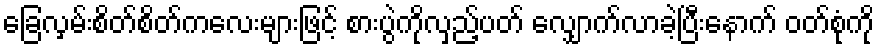
ခြေလှမ်းစိတ်စိတ်ကလေးများဖြင့် စားပွဲကိုလှည့်ပတ် လျှောက်လာခဲ့ပြီးနောက် ဝတ်စုံကို